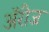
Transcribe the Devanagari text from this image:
अॅरीज